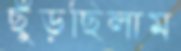
ছুঁড়ছিলাম